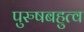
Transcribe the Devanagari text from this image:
पुरुषबहुत्व